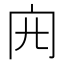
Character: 𠕍